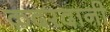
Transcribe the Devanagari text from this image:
क़दरदानी